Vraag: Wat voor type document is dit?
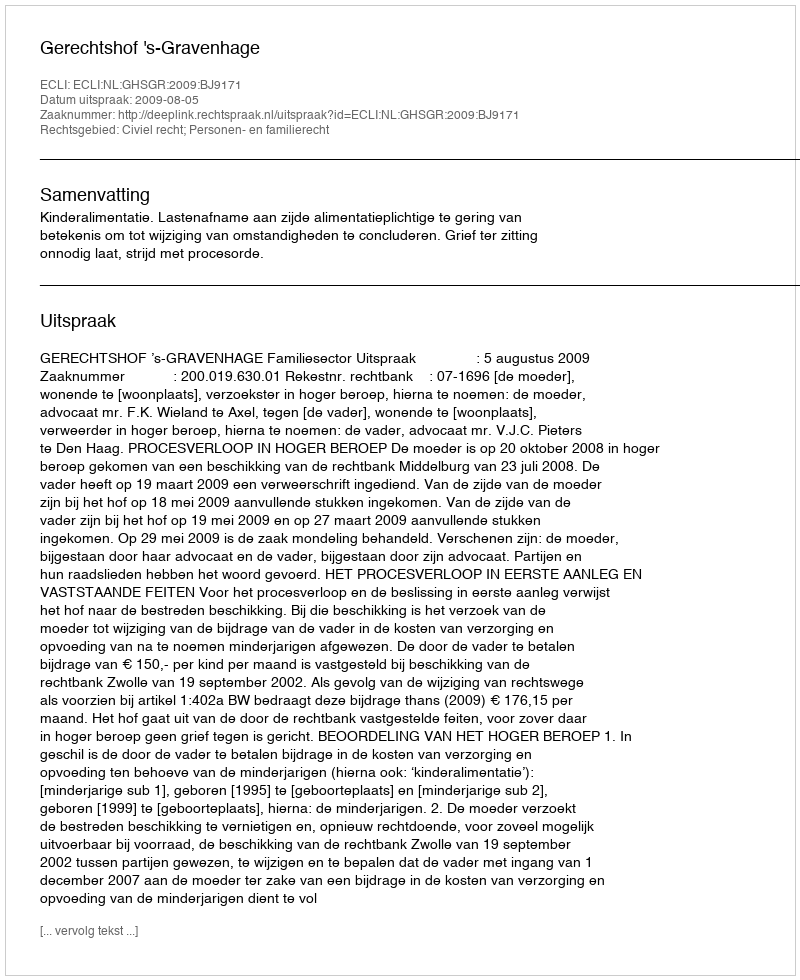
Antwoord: Uitspraak